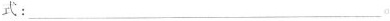
式:___。